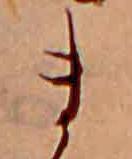
ま